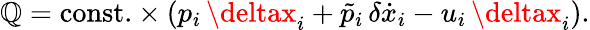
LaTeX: \mathbb{Q}=\mathrm{{const.}}\times(p_{i}\, \deltax_{i}+\tilde{{p}}_{i}\, \delta\dot{{x}}_{i}-u_{i}\, \deltax_{i}).